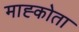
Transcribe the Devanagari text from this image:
माह्कोता